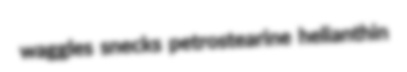
waggles snecks petrostearine helianthin